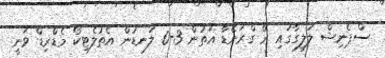
ސްޕެނިޝް ލަލީގާގައި ރޭ ގްރަނޭޑާ އަތުން 3-0 ލަނޑުން އެތުލެޓިކޯ މެޑްރިޑް ވަނީ